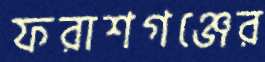
ফরাশগঞ্জের